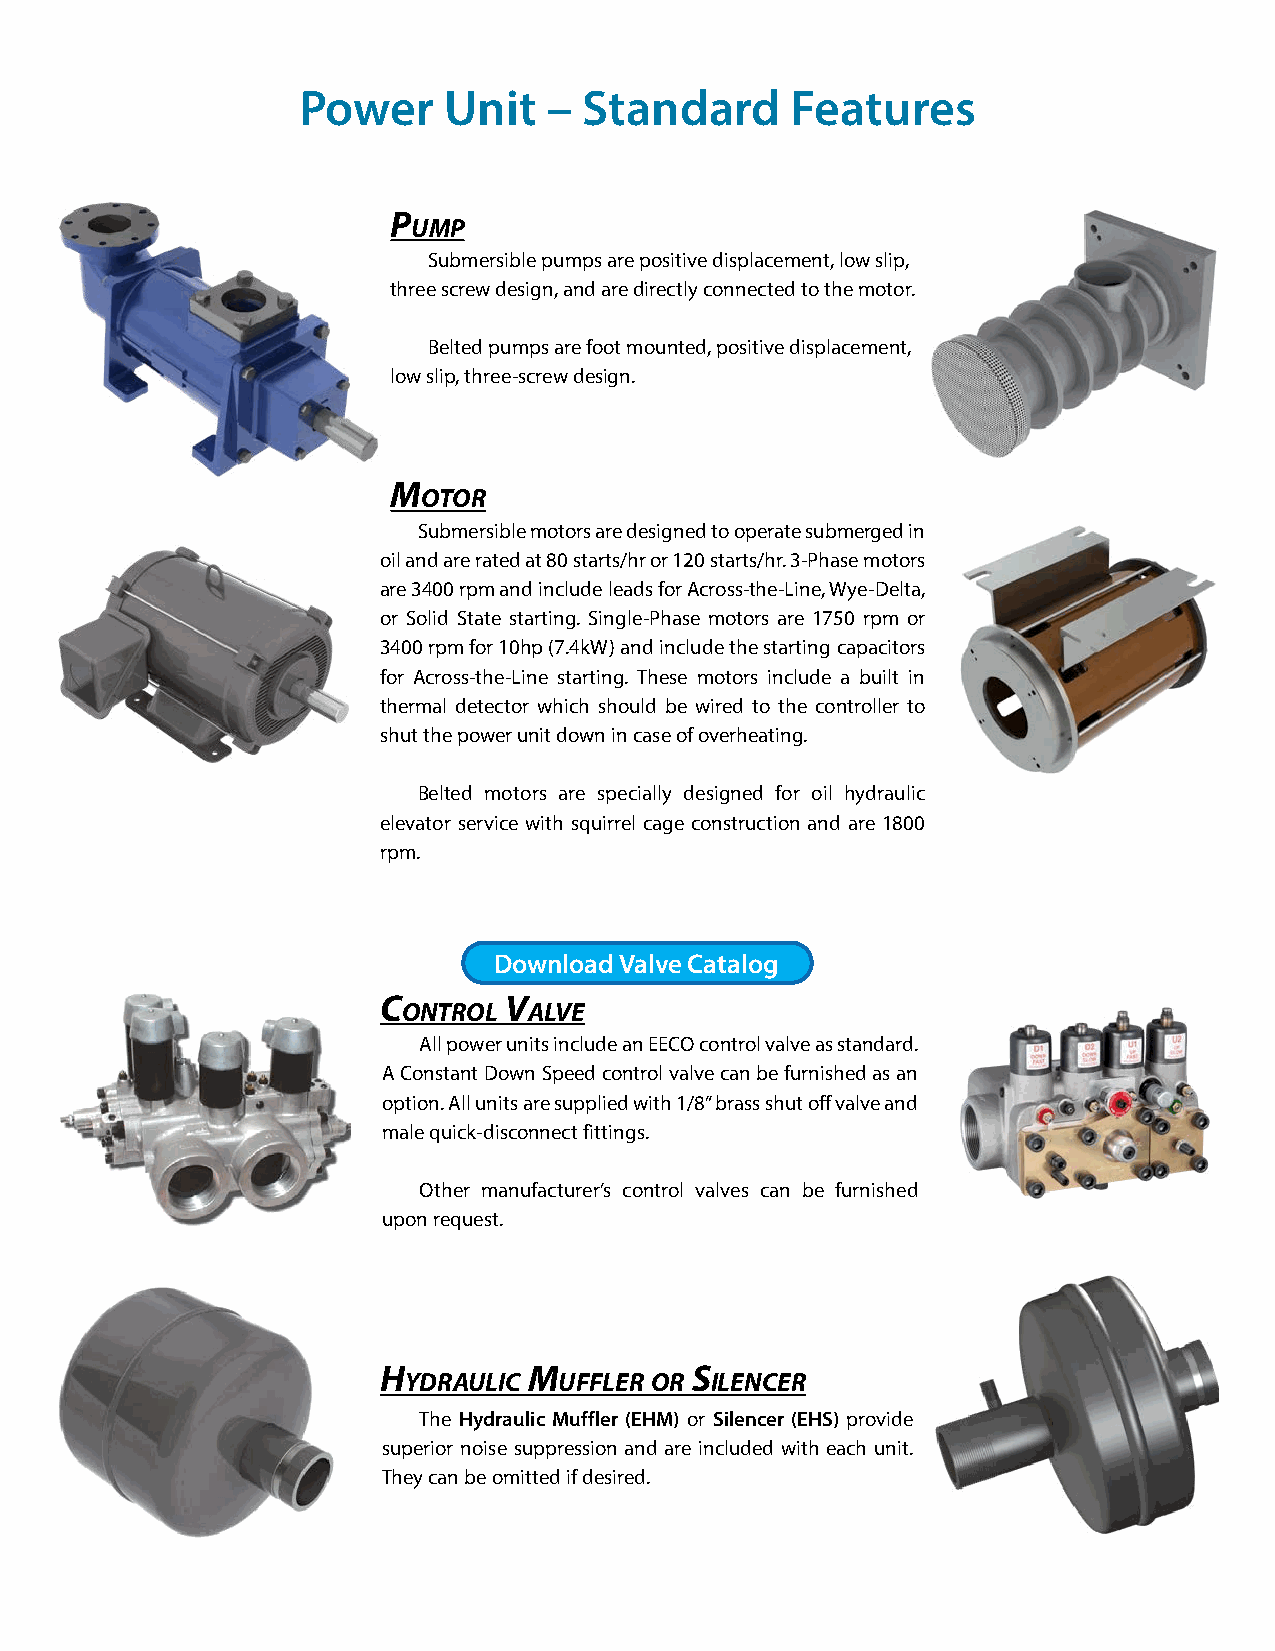
Power    Unit   –  Standard     Features
 p
 uMp
 Submersible pumps are positive displacement, low slip,
 three screw design, and are directly connected to the motor.
 Belted pumps are foot mounted, positive displacement,
 low slip, three-screw design.
 M
 otor
 Submersible motors are designed to operate submerged in
 oil and are rated at 80 starts/hr or 120 starts/hr. 3-Phase motors
 are 3400 rpm and include leads for Across-the-Line, Wye-Delta,
 or Solid State starting. Single-Phase motors are 1750 rpm or
 3400 rpm for 10hp (7.4kW) and include the starting capacitors
 for Across-the-Line starting. These motors include a built in
 thermal detector which should be wired to the controller to
 shut the power unit down in case of overheating.
 Belted motors are specially designed for oil hydraulic
 elevator service with squirrel cage construction and are 1800
 rpm.
 Download Valve Catalog
 C       v
 ontrol  alve
 All power units include an EECO control valve as standard.
 A Constant Down Speed control valve can be furnished as an
 option. All units are supplied with 1/8” brass shut off valve and
 male quick-disconnect fittings.
 Other manufacturer’s control valves can be furnished
 upon request.
 H         M          s
 yDrauliC  uffler or ilenCer
 The Hydraulic Muffler (EHM) or Silencer (EHS) provide
 superior noise suppression and are included with each unit.
 They can be omitted if desired.